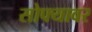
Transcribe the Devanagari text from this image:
सोफ्यावर